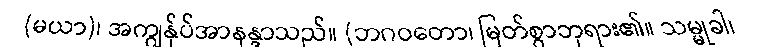
(မယာ)၊ အကျွန်ုပ်အာနန္ဒာသည်။ (ဘဂဝတော၊ မြတ်စွာဘုရား၏။ သမ္မုခါ၊